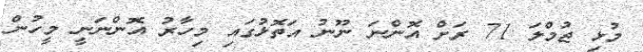
މުޅި ޖުމްލަ 71 ރަށް އޮންނަ ނޫނު އަތޮޅުގައި މިހާރު އޮންނަނީ މީހުން